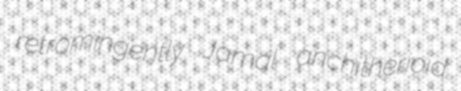
retromingently Jamal anchitherioid